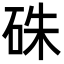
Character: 硃